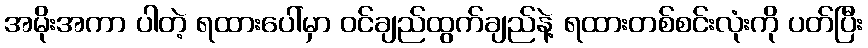
အမိုးအကာ ပါတဲ့ ရထားပေါ်မှာ ဝင်ချည်ထွက်ချည်နဲ့ ရထားတစ်စင်းလုံးကို ပတ်ပြီး